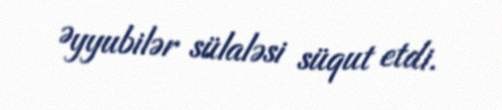
Əyyubilər sülaləsi süqut etdi.